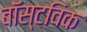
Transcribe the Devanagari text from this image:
बॉस्टविक